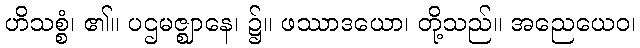
ဟိသစ္စံ၊ ၏။ ပဌမဇ္ဈာနေ၊ ၌။ ဖဿာဒယော၊ တို့သည်။ အညေယေဝ၊